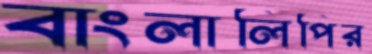
বাংলালিপির